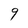
Character: 9